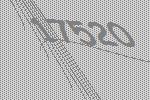
17520